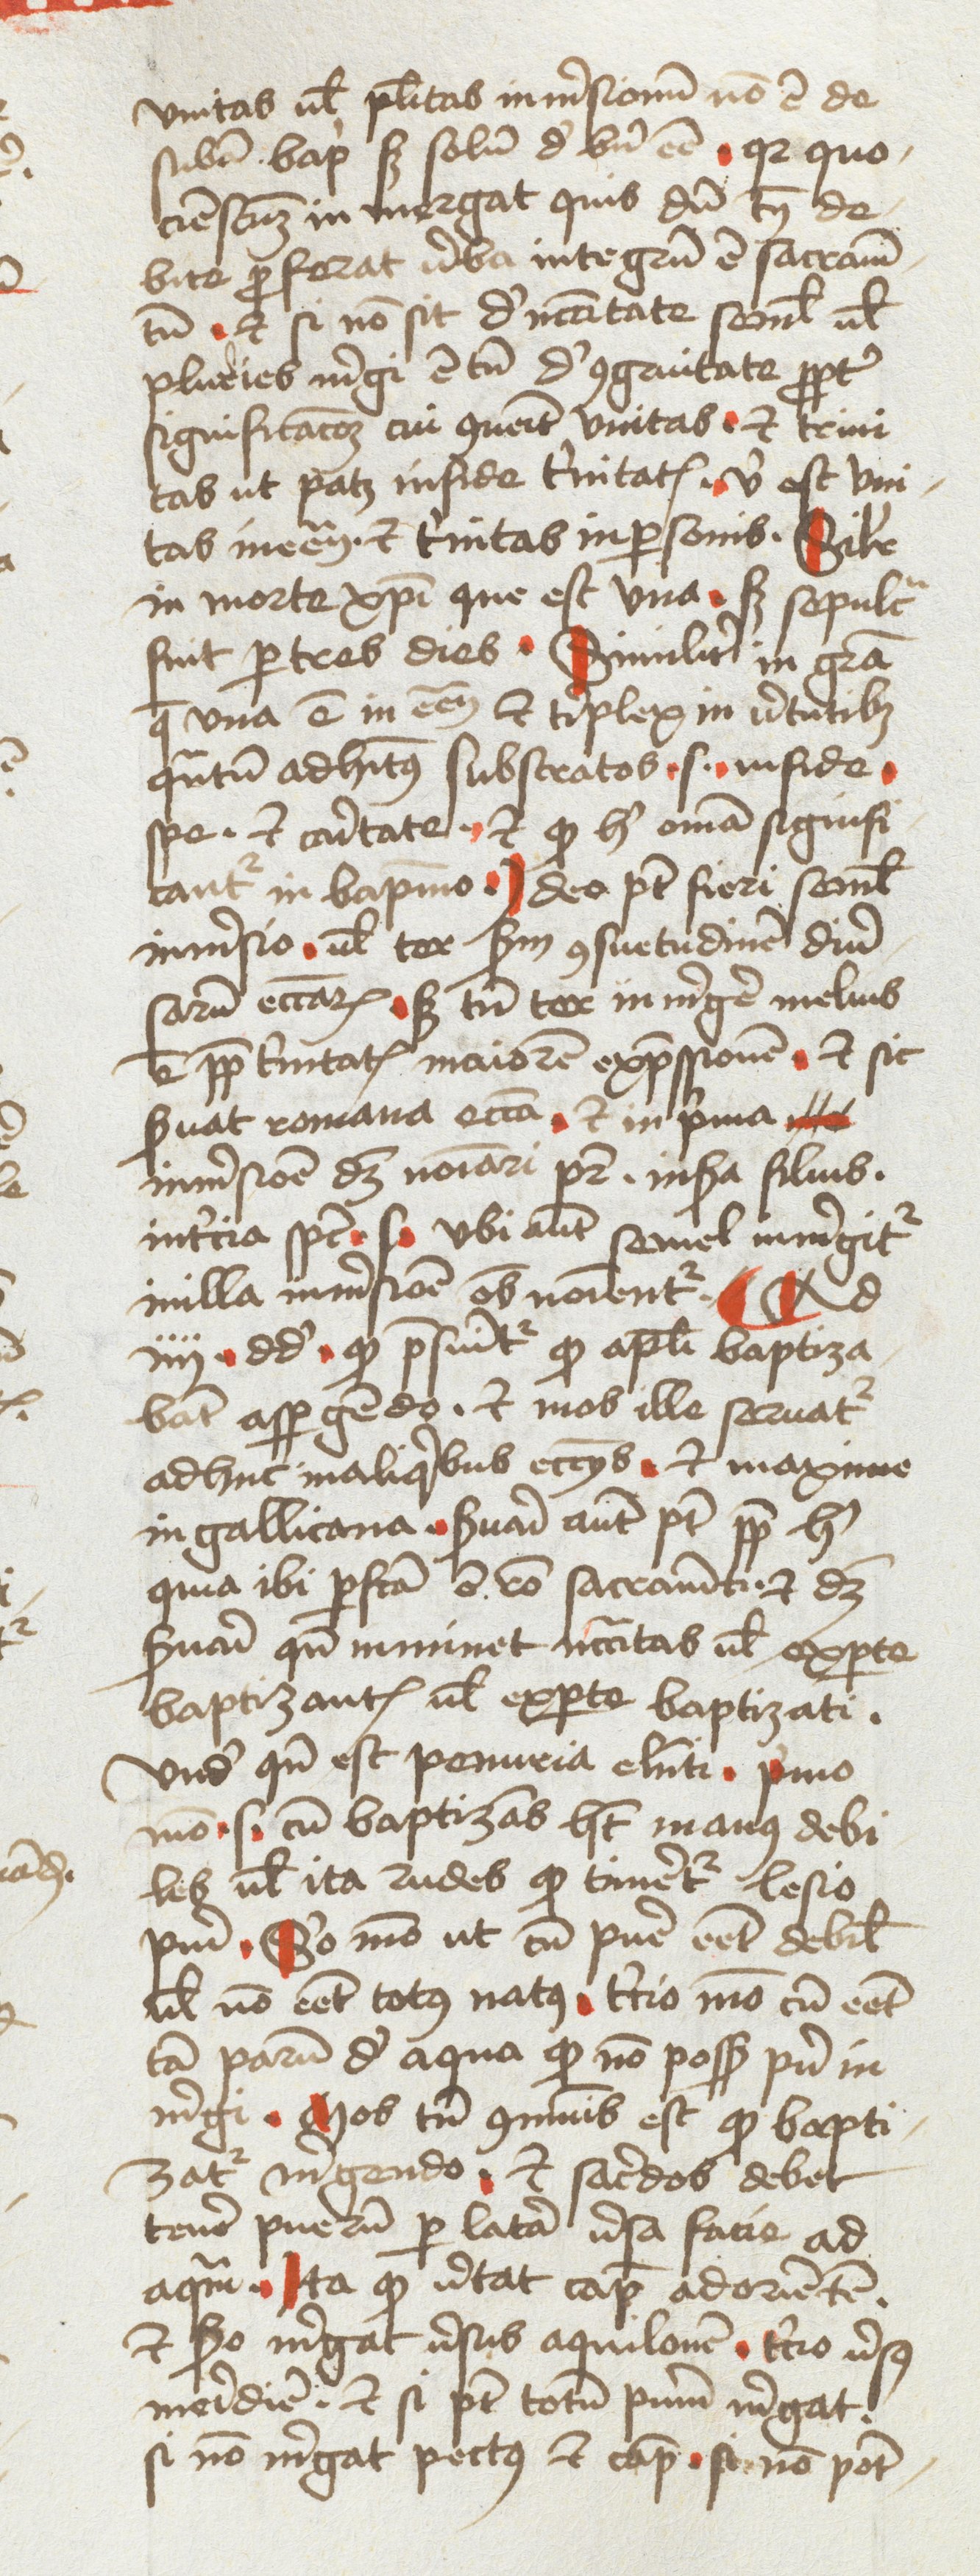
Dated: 1478–1478